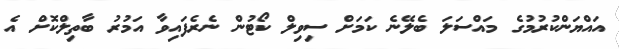
އައްޔަންކުރުމުގެ މައްސަލަ ބެލޭނެ ކަމަށް ސިވިލް ކޯޓުން ނެރެފައިވާ އަމުރު ބާތިލްކޮށް އެ